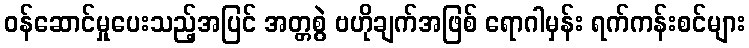
ဝန်ဆောင်မှုပေးသည့်အပြင် အတ္တစွဲ ဗဟိုချက်အဖြစ် ရောဂါမှန်း ရက်ကန်းစင်များ